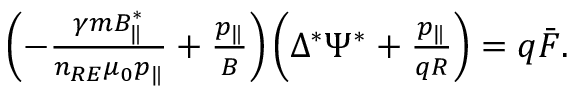
\begin{array} { r } { \left( - \frac { \gamma m B _ { \| } ^ { * } } { n _ { R E } \mu _ { 0 } p _ { \| } } + \frac { p _ { \| } } { B } \right) \left( \Delta ^ { * } \Psi ^ { * } + \frac { p _ { \| } } { q R } \right) = q \bar { F } . } \end{array}